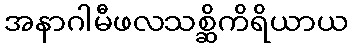
အနာဂါမီဖလသစ္ဆိကိရိယာယ